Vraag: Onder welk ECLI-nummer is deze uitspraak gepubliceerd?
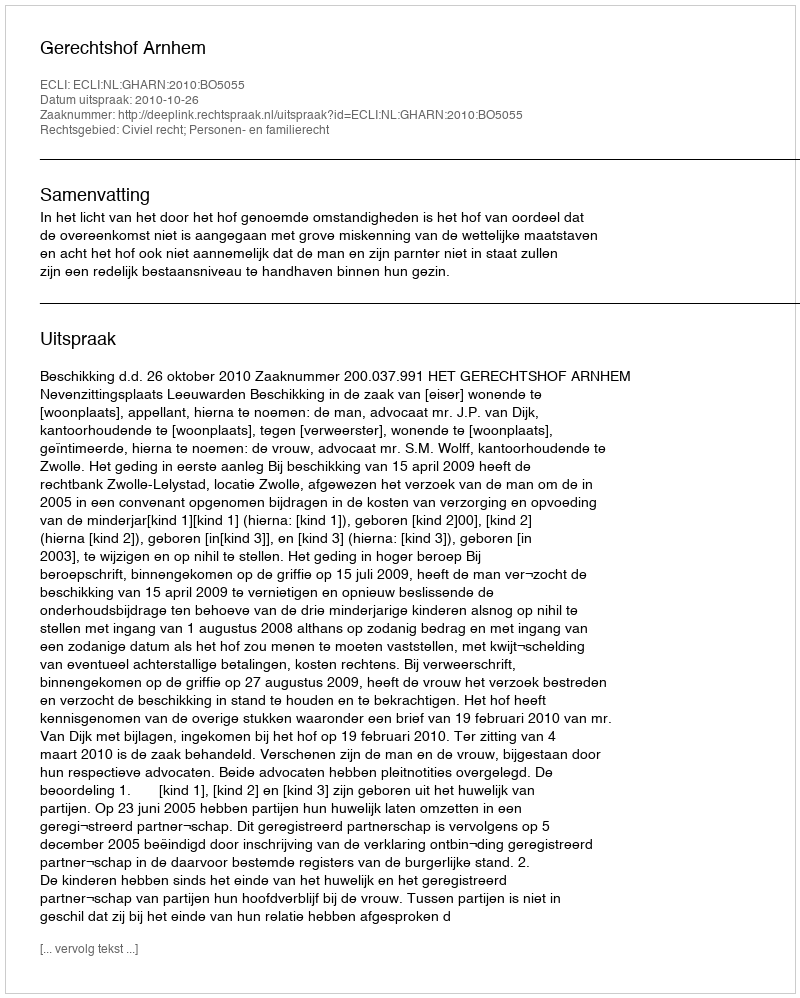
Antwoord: ECLI:NL:GHARN:2010:BO5055